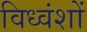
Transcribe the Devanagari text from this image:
विध्वंशों